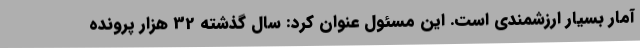
آمار بسیار ارزشمندی است. این مسئول عنوان کرد: سال گذشته 32 هزار پرونده